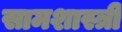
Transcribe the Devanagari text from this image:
सामशास्त्री